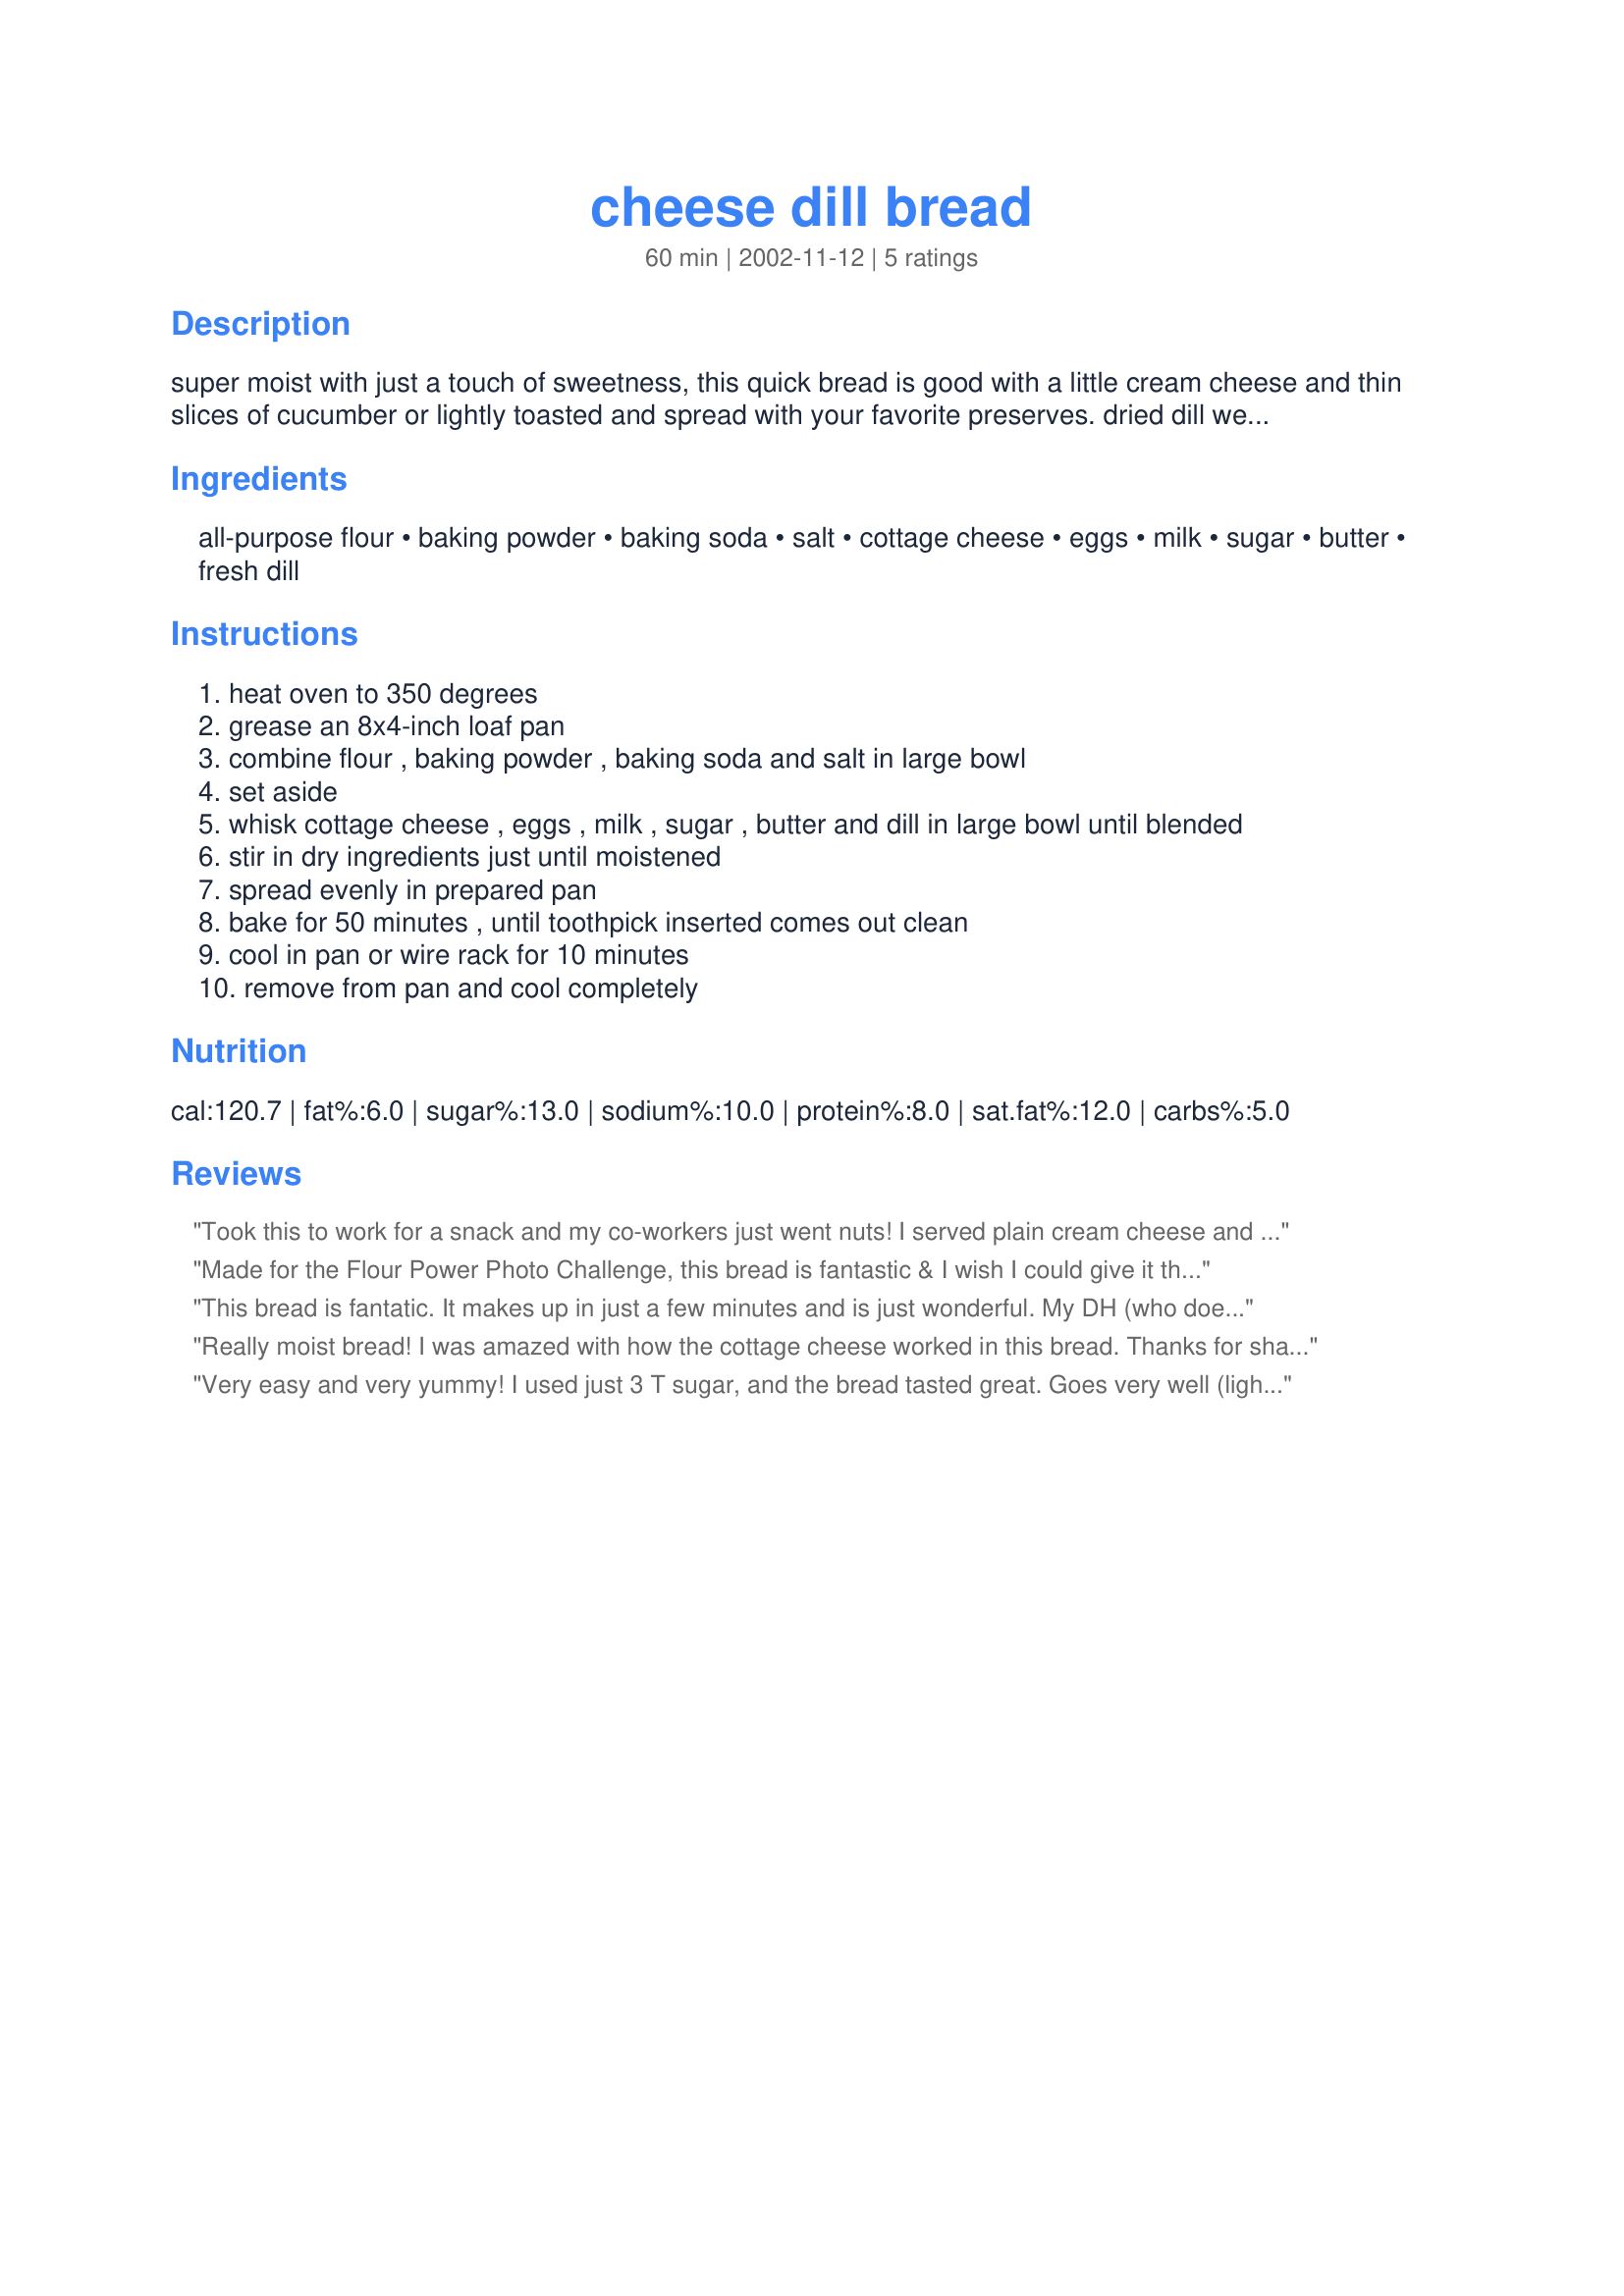
cheese dill bread
Preparation time: 60 minutes

super moist with just a touch of sweetness, this quick bread is good with a little cream cheese and thin slices of cucumber or lightly toasted and spread with your favorite preserves. dried dill weed can be used if u can’t find fresh ones.

Ingredients:
all-purpose flour, baking powder, baking soda, salt, cottage cheese, eggs, milk, sugar, butter, fresh dill

Steps:
heat oven to 350 degrees
grease an 8x4-inch loaf pan
combine flour , baking powder , baking soda and salt in large bowl
set aside
whisk cottage cheese , eggs , milk , sugar , butter and dill in large bowl until blended
stir in dry ingredients just until moistened
spread evenly in prepared pan
bake for 50 minutes , until toothpick inserted comes out clean
cool in pan or wire rack for 10 minutes
remove from pan and cool completely

Reviews:
Took this to work for a snack and my co-workers just went nuts! I served plain cream cheese and the vegetable cream cheese to spread on it. Thanks for sharing!
Made for the Flour Power Photo Challenge, this bread is fantastic & I wish I could give it the 10* it deserves. Such an easy-fix & we were so impatient to taste it that we ate it warm w/butter after the 1st cooling period & removal from the baking dish. No fault of the recipe, but that was my only prob ~ I did not have the right pan size to make it as a loaf, so I used a 10" rd glass casserole dish & it was perfectly done at 38 min when tested w/a wood skewer. The taste is great, the sweetness from the sugar only subtle & the cottage cheese gives it richness. We loved this bread! Thx for sharing the recipe w/us. :-)
This bread is fantatic. It makes up in just a few minutes and is just wonderful. My DH (who doesn't care for cottage cheese, but eats it all the time in recipes like this) didn't have a clue that he was eating cottage cheese!!!!! This will be a regular, and it is great just as it is!!!!
Really moist bread! I was amazed with how the cottage cheese worked in this bread. Thanks for sharing!
Very easy and very yummy! I used just 3 T sugar, and the bread tasted great. Goes very well (lightly toasted) with tomato soup.
